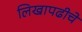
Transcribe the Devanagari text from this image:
लिखापढीचे